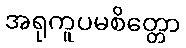
အရုကူပမစိတ္တော